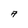
Character: A